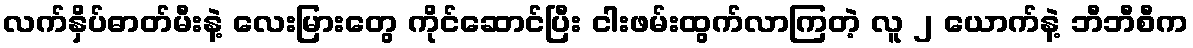
လက်နှိပ်ဓာတ်မီးနဲ့ လေးမြားတွေ ကိုင်ဆောင်ပြီး ငါးဖမ်းထွက်လာကြတဲ့ လူ ၂ ယောက်နဲ့ ဘီဘီစီက